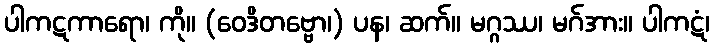
ပါကဋကာရော၊ ကို။ (ဝေဒိတဗ္ဗော၊) ပန၊ ဆက်။ မဂ္ဂဿ၊ မဂ်အား။ ပါကဋံ၊